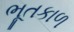
ભૂતકાળ